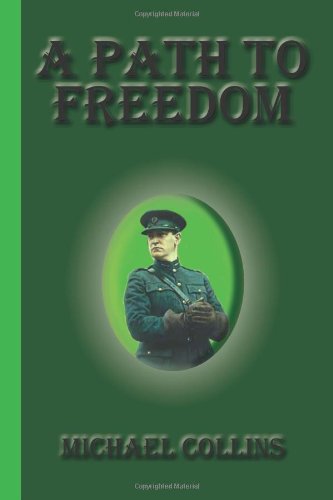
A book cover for A Path To Freedom; Michael Collins; History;